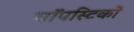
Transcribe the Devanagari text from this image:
चॉपस्टिकों